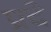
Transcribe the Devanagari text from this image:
प्रदे